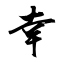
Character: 幸